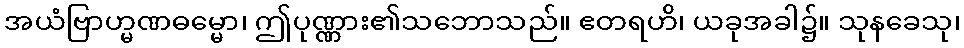
အယံဗြာဟ္မဏဓမ္မော၊ ဤပုဏ္ဏား၏သဘောသည်။ ဧတရဟိ၊ ယခုအခါ၌။ သုနခေသု၊